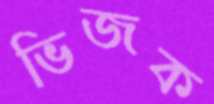
ভিজক